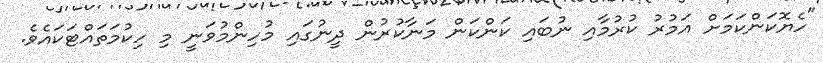
"ހެޔޮކަންކަމަށް އަމުރު ކުރުމާއި ނުބައި ކަންކަން މަނާކުރުން ދީނުގައި މުހިންމުވަނީ މި ހިކުމަތައްޓަކައެވެ.